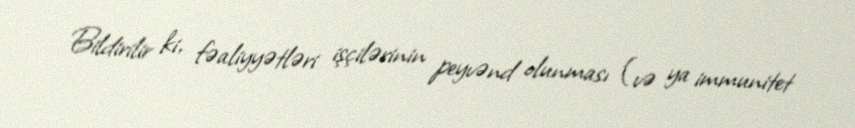
Bildirilir ki, fəaliyyətləri işçilərinin peyvənd olunması (və ya immunitet